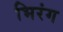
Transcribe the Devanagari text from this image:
भिरंग